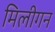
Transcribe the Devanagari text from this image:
मिलीगन